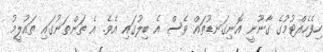
ހިފެހެއްޓުމުގެ ގާނޫނީ އޮނިގަނޑުތައް ވެސް އެ ބިލުގައި އެވެ. އެ ތަންތަނުގައި ތައުލީމު